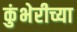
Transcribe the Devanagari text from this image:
कुंभेरीच्या